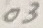
Text: 03